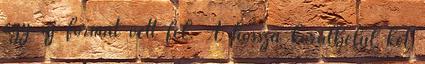
egy új formát vett fel. A hossza körülbelül két